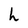
Character: h